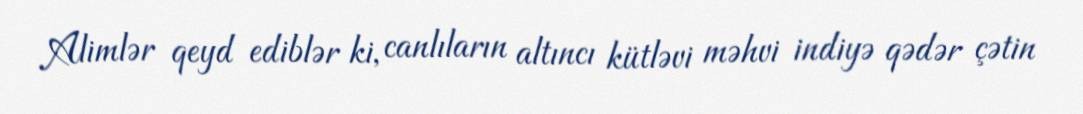
Alimlər qeyd ediblər ki, canlıların altıncı kütləvi məhvi indiyə qədər çətin